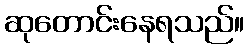
ဆုတောင်းနေရသည်။